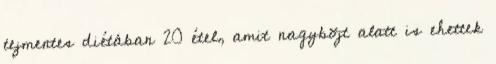
tejmentes diétában 20 étel, amit nagyböjt alatt is ehettek